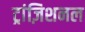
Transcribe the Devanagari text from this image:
ट्रांज़िशनल